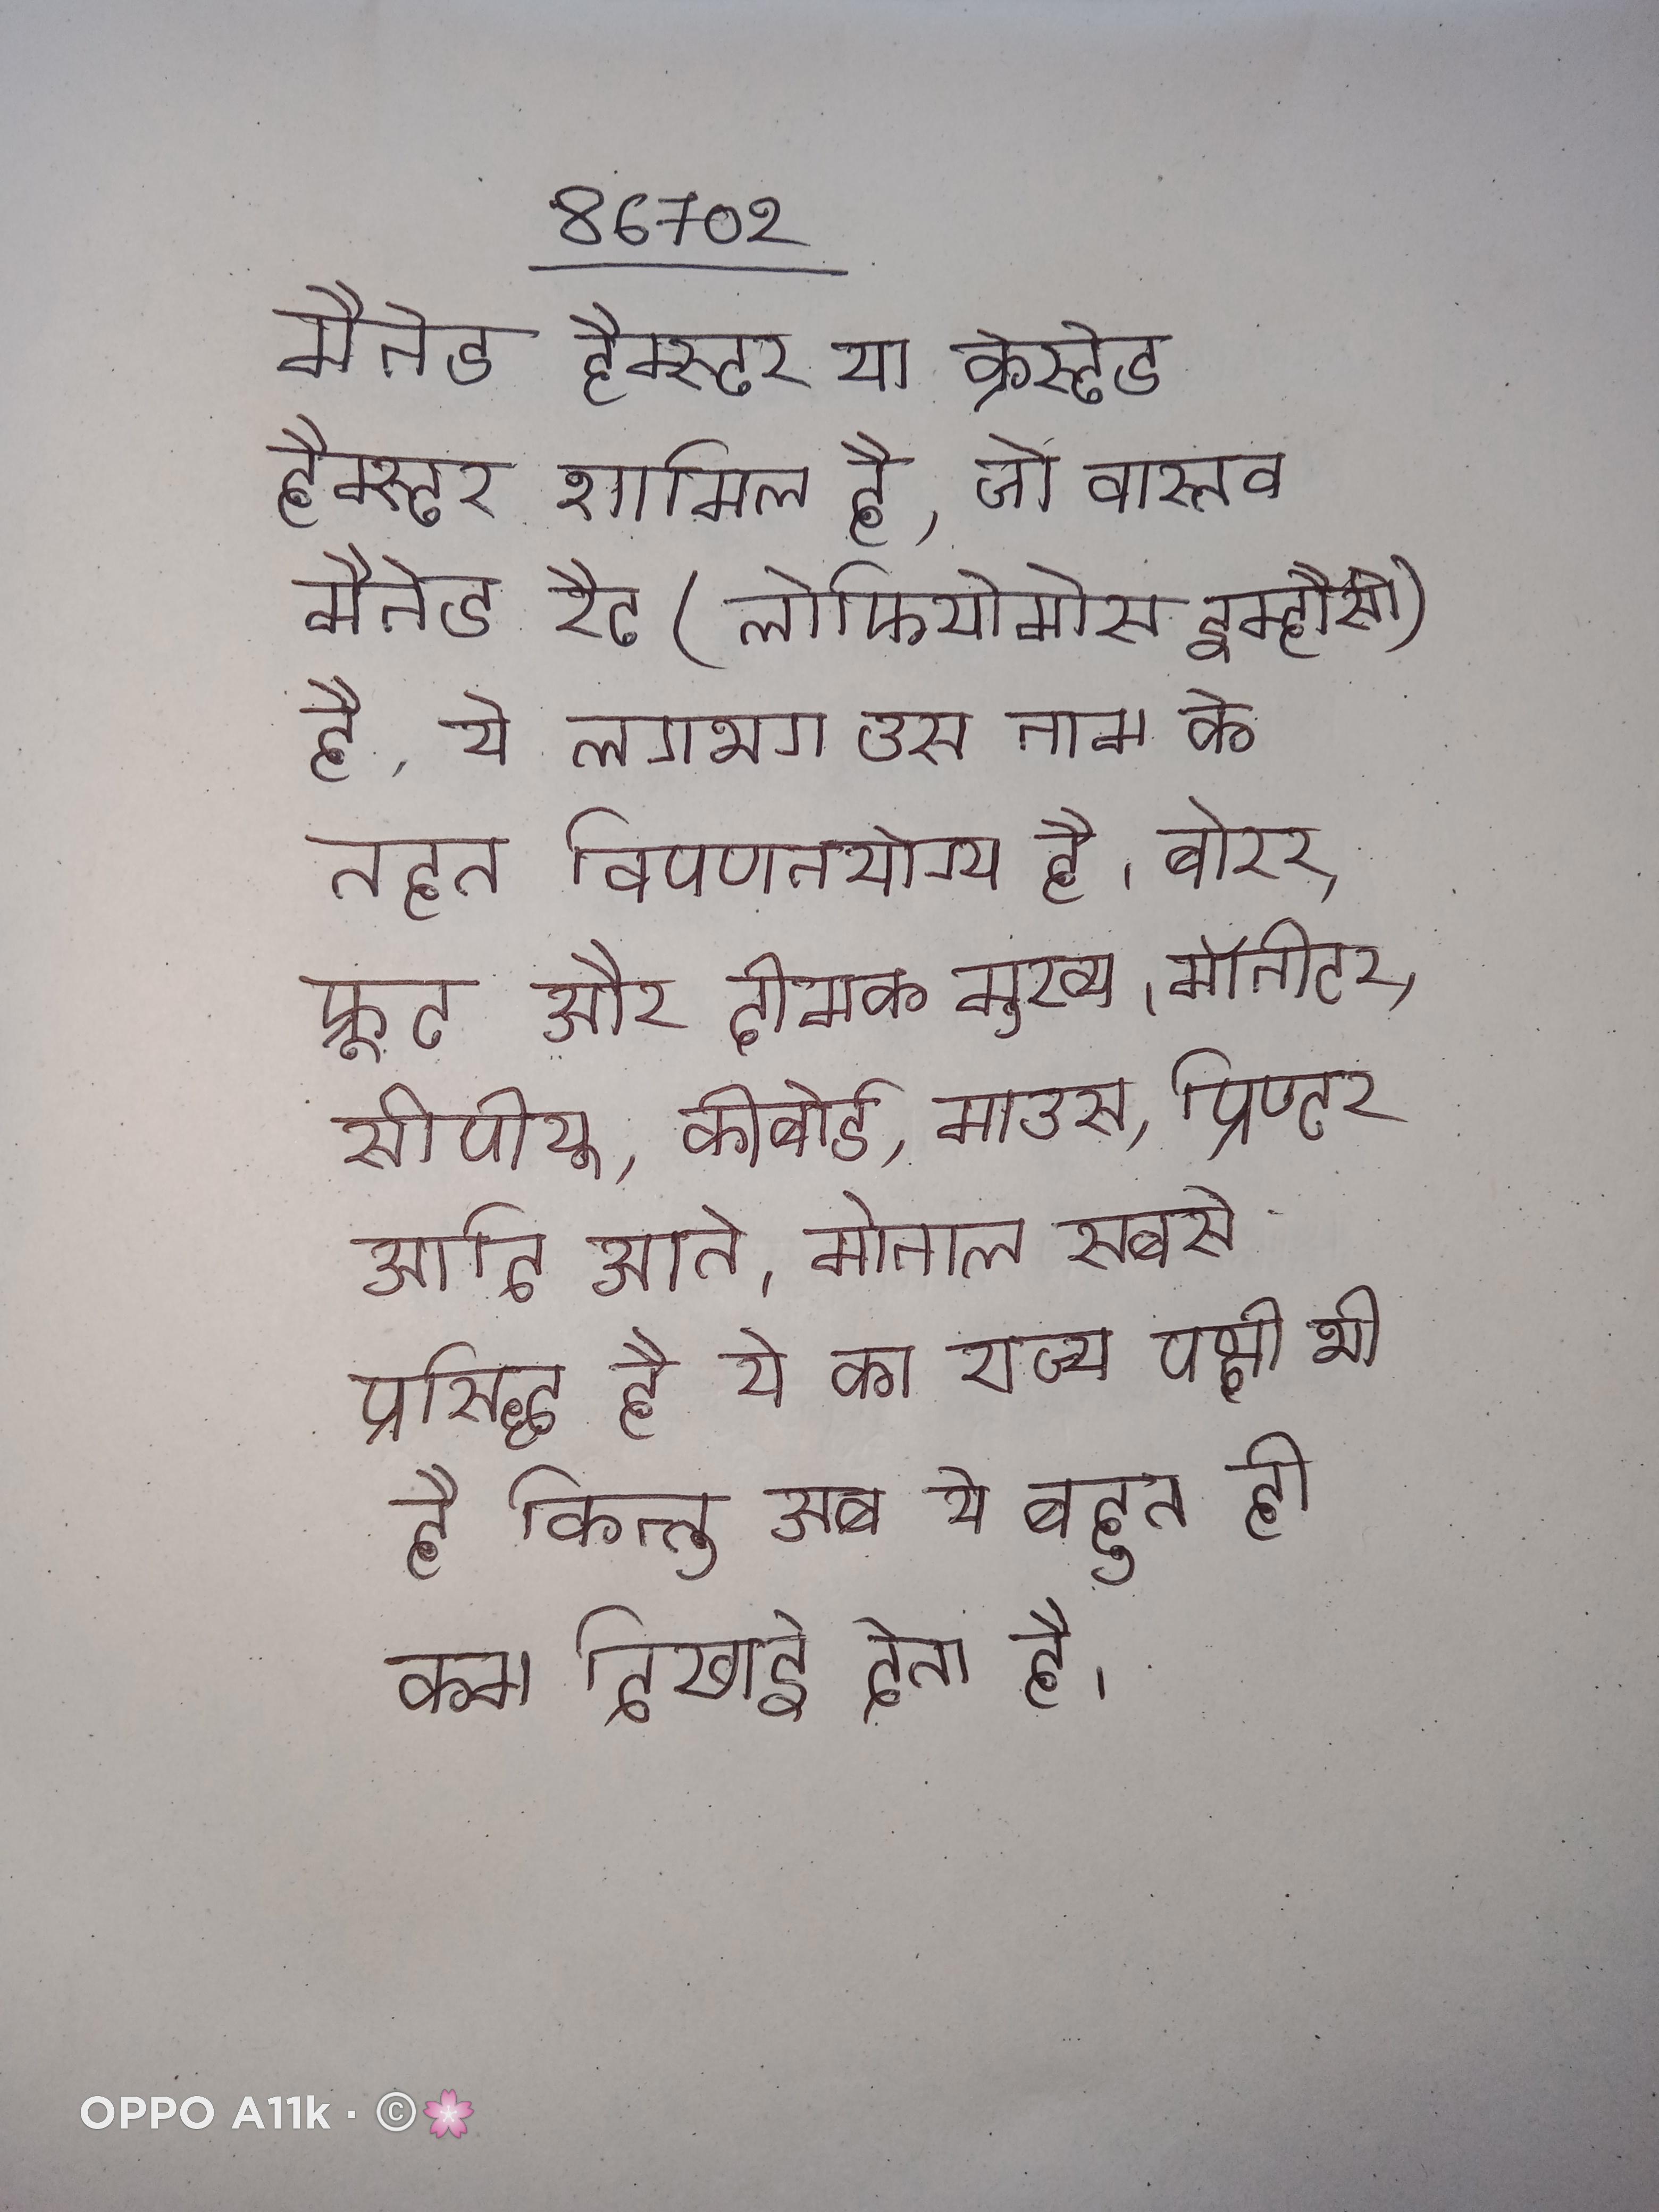
मैनेड हैम्स्टर या क्रेस्टेड हैम्स्टर शामिल है, जो वास्तव मैनेड रैट (लोफियोमीस इम्हौसी) है, ये लगभग उस नाम के तहत विपणनयोग्य है । बोरर, फ्रूट और दीमक मुख्य । मॉनीटर, सीपीयू, कीबोर्ड, माउस, प्रिण्टर आदि आते । मोनाल सबसे प्रसिद्ध है ये का राज्य पक्षी भी है किन्तु अब ये बहुत ही कम दिखाई देता है ।